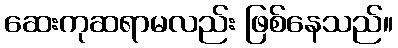
ဆေးကုဆရာမလည်း ဖြစ်နေသည်။